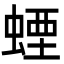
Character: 䗎